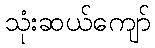
သုံးဆယ်ကျော်